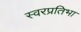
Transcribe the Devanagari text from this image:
स्वरप्रतिभा